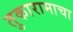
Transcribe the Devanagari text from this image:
तुकारामाचा